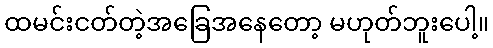
ထမင်းငတ်တဲ့အခြေအနေတော့ မဟုတ်ဘူးပေါ့။